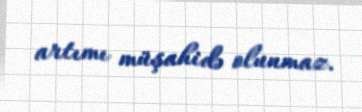
artımı müşahidə olunmaz.